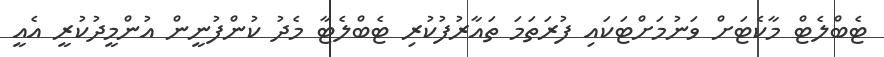
ޓެބްލެޓް މާކެޓަށް ވަނުމަށްޓަކައި ފުރަތަމަ ތައާރުފުކުރި ޓެބްލެޓާ މެދު ކުންފުނީން އުންމީދުކުރީ އެއީ